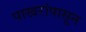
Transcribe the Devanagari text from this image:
पाखरांपासून